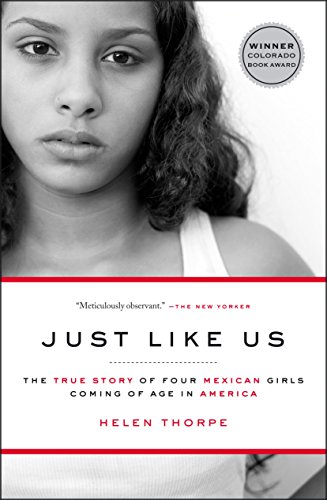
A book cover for Just Like Us: The True Story of Four Mexican Girls Coming of Age in America; Helen Thorpe; Politics & Social Sciences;